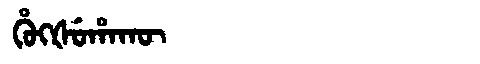
Manchu: ᡥᡠᡴᡧᡠᡥᠠᡴᡡ
Romanization: HUKŠUHAKŪ